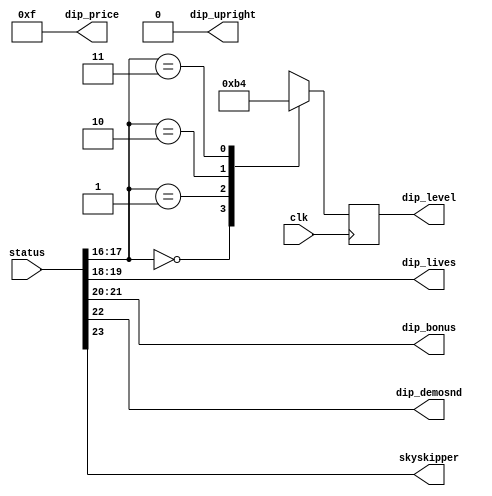
/*  This file is part of JTPOPEYE.
    JTPOPEYE program is free software: you can redistribute it and/or modify
    it under the terms of the GNU General Public License as published by
    the Free Software Foundation, either version 3 of the License, or
    (at your option) any later version.

    JTPOPEYE program is distributed in the hope that it will be useful,
    but WITHOUT ANY WARRANTY; without even the implied warranty of
    MERCHANTABILITY or FITNESS FOR AD PARTICULAR PURPOSE.  See the
    GNU General Public License for more details.

    You should have received a copy of the GNU General Public License
    along with JTPOPEYE.  If not, see <http://www.gnu.org/licenses/>.

    Author: Jose Tejada Gomez. Twitter: @topapate
    Version: 1.0
    Date: 3-11-2019 */

module jtpopeye_dip(
    input             clk,
    input      [31:0] status,
    output reg [ 1:0] dip_level,
    output     [ 1:0] dip_lives,
    output     [ 1:0] dip_bonus,
    output            dip_upright,
    output            dip_demosnd,
    output     [ 3:0] dip_price,
    output            skyskipper
);

assign dip_upright = 1'b0;
assign dip_demosnd = status[22];
assign dip_price   = 4'hf;
assign dip_lives   = status[19:18];
assign dip_bonus   = status[21:20];
assign skyskipper  = status[23];


// play level. Latch all inputs to game module
always @(posedge clk) begin
    case( status[17:16] )
        2'b00: dip_level <= 2'b10; // normal
        2'b01: dip_level <= 2'b11; // easy
        2'b10: dip_level <= 2'b01; // hard
        2'b11: dip_level <= 2'b00; // very hard
    endcase
end

endmodule